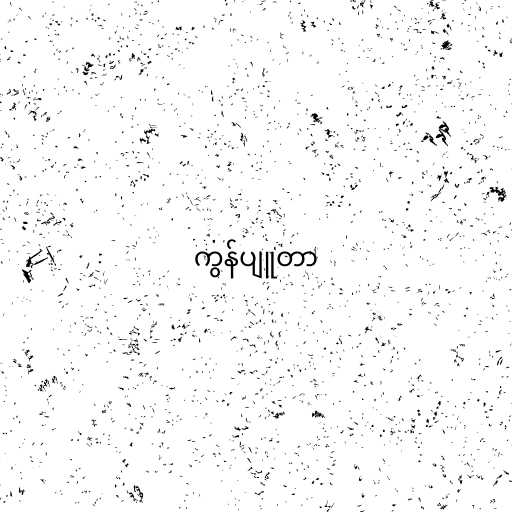
ကွန်ပျူတာ